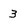
Character: 3